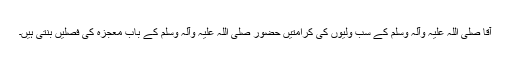
آقا صلی اللہ علیہ وآلہ وسلم کے سب ولیوں کی کرامتیں حضور صلی اللہ علیہ وآلہ وسلم کے باب معجزہ کی فصلیں بنتی ہیں۔